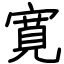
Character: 寛